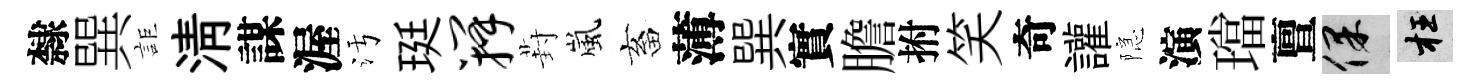
隸巽詎清謀渥污珽瓣葑嵐畜薄巽實膽拊笑奇讙隠演璫亶保枉